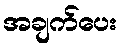
အချက်ပေး